Lunatic asylums in Bengal annual reports 1899-1911 - 1899-1911
Year: 1899
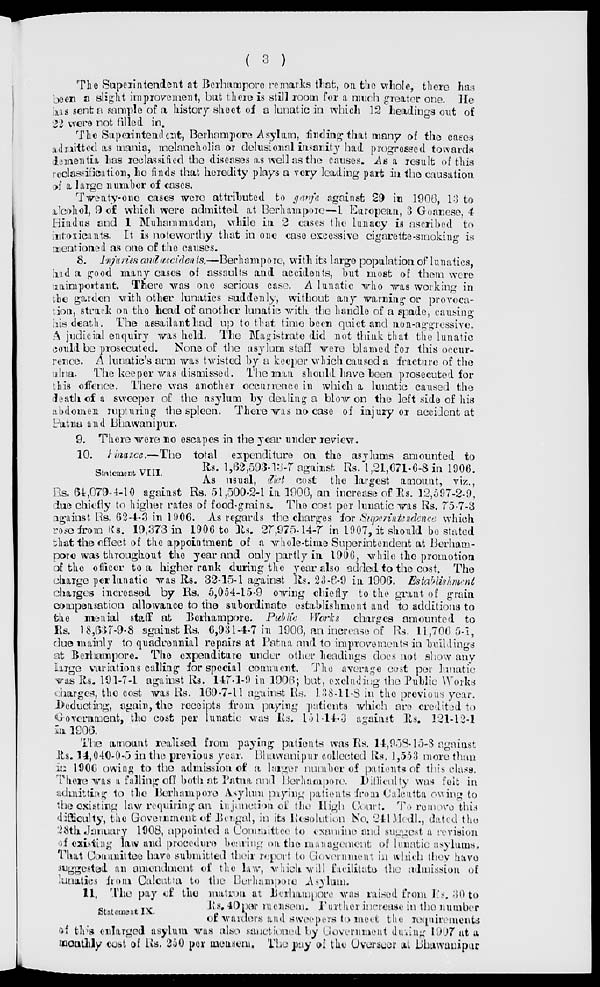
( 3 )
The Superintendent at Berhampore remarks that, on the whole, there has
been a slight improvement, but there is still room for a much greater one. He
has sent a sample of a history sheet of a lunatic in which 12 headings out of
22 were not filled in.
The Superintendent, Berhampore Asylum, finding that many of the cases
admitted as mania, melancholia or delusional insanity had progressed towards
dementia has reclassified the diseases as well as the causes. As a result of this
reclassification, he finds that heredity plays a very leading part in the causation
of a, large number of cases.
Twenty-one cases were attributed to ganja against 29 in 1906, 13 to
alcohol, 9 of which were admitted at Berhampore—1 European, 3 Goanese, 4
Hindus and 1 Muhammadan, while in 2 cases the lunacy is ascribed to
intoxicants, It is noteworthy that in one case excessive cigarette-smoking is
mentioned as one of the causes.
8. Injuries and accidents.—Berhampore, with its large population of lunatics,
had a good many cases of assaults and accidents, but most of them were
unimportant. There was one serious case, A lunatic who was working in
the garden with other lunatics suddenly, without any warning or provoca-
tion, struck on the head of another lunatic with the handle of a spade, causing
his death. The assailant had up to that time been quiet and non-aggressive.
A judicial enquiry was held, The Magistrate did not think that the lunatic
could be prosecuted. None of the asylum staff were blamed for this occur-
rence. A lunatic's arm was twisted by a keeper which caused a fracture of the
ulna. The keeper was dismissed. The man should have been prosecuted for
this offence. There was another occurrence in which a lunatic caused the
death of a sweeper of the asylum by dealing a blow on the left side of his
abdomen rupturing the spleen, There was no case of injury or accident at
Patna and Bhawanipur.
9. There were no escapes in the year under review.
Statement VIII.
10. Finance.—The total expenditure on the asylums amounted to
Rs. 1,62,593-13-7 against. Rs. l,21,671-6-8 in 1906.
As usual, diet cost the largest amount, viz.,
Rs. 64,079-4-10 against Rs. 51,500-2-1 in 1906, an increase of Rs. 12,597-2-9,
due chiefly to higher rates of food-grains. The cost per lunatic was Rs. 75-7-3
against Rs. 62-4-3 in 1906. As regards the charges for Superintendence which
rose from Rs. 19,373 in 1906 to Rs. 27,975-14-7 in 1907, it should be stated
that the effect of the appointment of a whole-time Superintendent at Berham-
pore was throughout the year and only partly in 1906, while the promotion
of the officer to a higher rank during the year also added to the cost. The
charge per lunatic was Rs. 32-15-1 against Rs. 23-6-9 in 1906, Establishment
charges increased by Rs. 5,054-15-9 owing chiefly to the grant of grain
compensation allowance to the subordinate establishment and to additions to
the menial staff at Berhampore. Public Works charges amounted to
Rs. 18,637-9-8 against Rs. 6,931-4-7 in 1906, an increase of Rs, 11,706-5-1,
due mainly to quadrennial repairs at Patna and to improvements in buildings
at Berhampore. The expenditure under other headings does not show any
large variations calling for special comment. The average cost per lunatic
was Rs. 191-7-1 against Rs. 147-1-9 in 1906; but, excluding the Public Works
charges, the cost was Rs, 169-7-11 against Rs. 138-11-8 in the previous year.
Deducting, again, the receipts from paying patients which are credited to
Government, the cost per lunatic was Rs. 151-14-3 against Rs. 121-12-1
in 1906.
The amount realised from paying patients was Rs. 14,958-15-8 against
Rs. 14,040-0-5 in the previous year. Bhawanipur collected Rs, 1,553 more than
in 1906 owing to the admission of a larger number of patients of this class.
There was a falling off both at Patna and Berhampore. Difficulty was felt in
admitting to the Berhampore Asylum paying patients from Calcutta owing to
the existing law requiring an injunction of the High Court. To remove this
difficulty, the Government of Bengal, in its Resolution No. 241 Medl., dated the
28th January 1908, appointed a Committee to examine and suggest a revision
of existing law and procedure bearing an the management of lunatic asylums.
That Committee have submitted their report to Government in which they have
suggested an amendment of the law, which will facilitate the admission of
lunatics from Calcutta to the Berhampore Asylum.
Statement IX.
11, The pay of the matron at Berhampore was raised from Rs. 30 to
Rs. 40 per mensem. Further increase in the number
of warders find sweepers to meet the requirements
of this enlarged asylum was also sanctioned by Government during 1907 at a
monthly cost of Rs. 250 per mensem. The pay of the Overseer at Bhawanipur